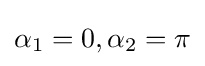
\alpha _{1}=0,\alpha _{2}=\pi